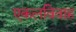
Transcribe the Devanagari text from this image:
एकलविवाह